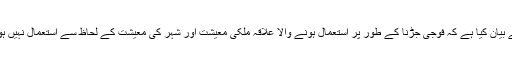
میں نے بیان کیا ہے کہ فوجی جڑنا کے طور پر استعمال ہونے والا علاقہ ملکی معیشت اور شہر کی معیشت کے لحاظ سے استعمال نہیں ہوتا ہے۔